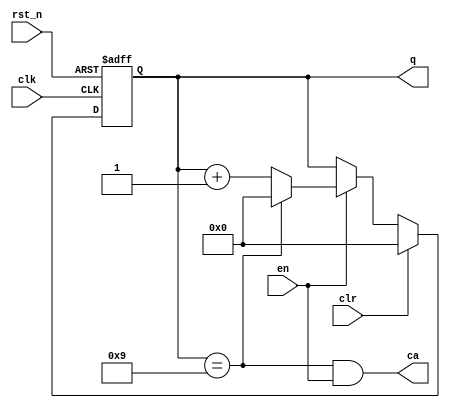
module cnt10
(
	input  wire       rst_n,
	input  wire       clk,
	input  wire       en,
	input  wire       clr,
	output reg  [3:0] q,
	output wire       ca
);

always @(posedge clk or negedge rst_n) begin
	if(~rst_n)
		q = 4'd0;
	else if(clr)
		q = 4'd0;
	else if(en) begin
		if(q == 4'd9)
			q = 4'd0;
		else
			q = q + 4'd1;
	end
end

assign ca = (q == 4'd9) && en;

endmodule